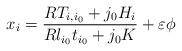
LaTeX: \begin{align*}x_{i}=\dfrac{RT_{i,i_{0}}+j_{0}H_{i}}{Rl_{i_{0}}t_{i_{0}}+j_{0}K}+\varepsilon \phi \end{align*}